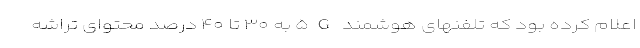
اعلام کرده بود که تلفنهای هوشمند ۵G به ۳۰ تا ۴۰ درصد محتوای تراشه